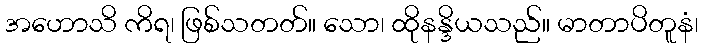
အဟောသိ ကိရ၊ ဖြစ်သတတ်။ သော၊ ထိုနန္ဒိယသည်။ မာတာပိတူနံ၊